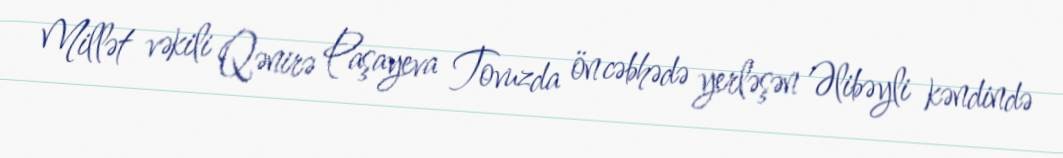
Millət vəkili Qənirə Paşayeva Tovuzda ön cəbhədə yerləşən Əlibəyli kəndində